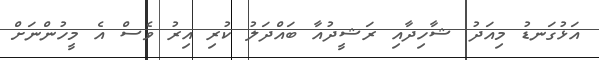
އަޅުގަނޑު މިއަދު ޝާހިދާއި ރަޝީދުއާ ބައްދަލު ކުރި އިރު ވެސް އެ މީހުންނަށް